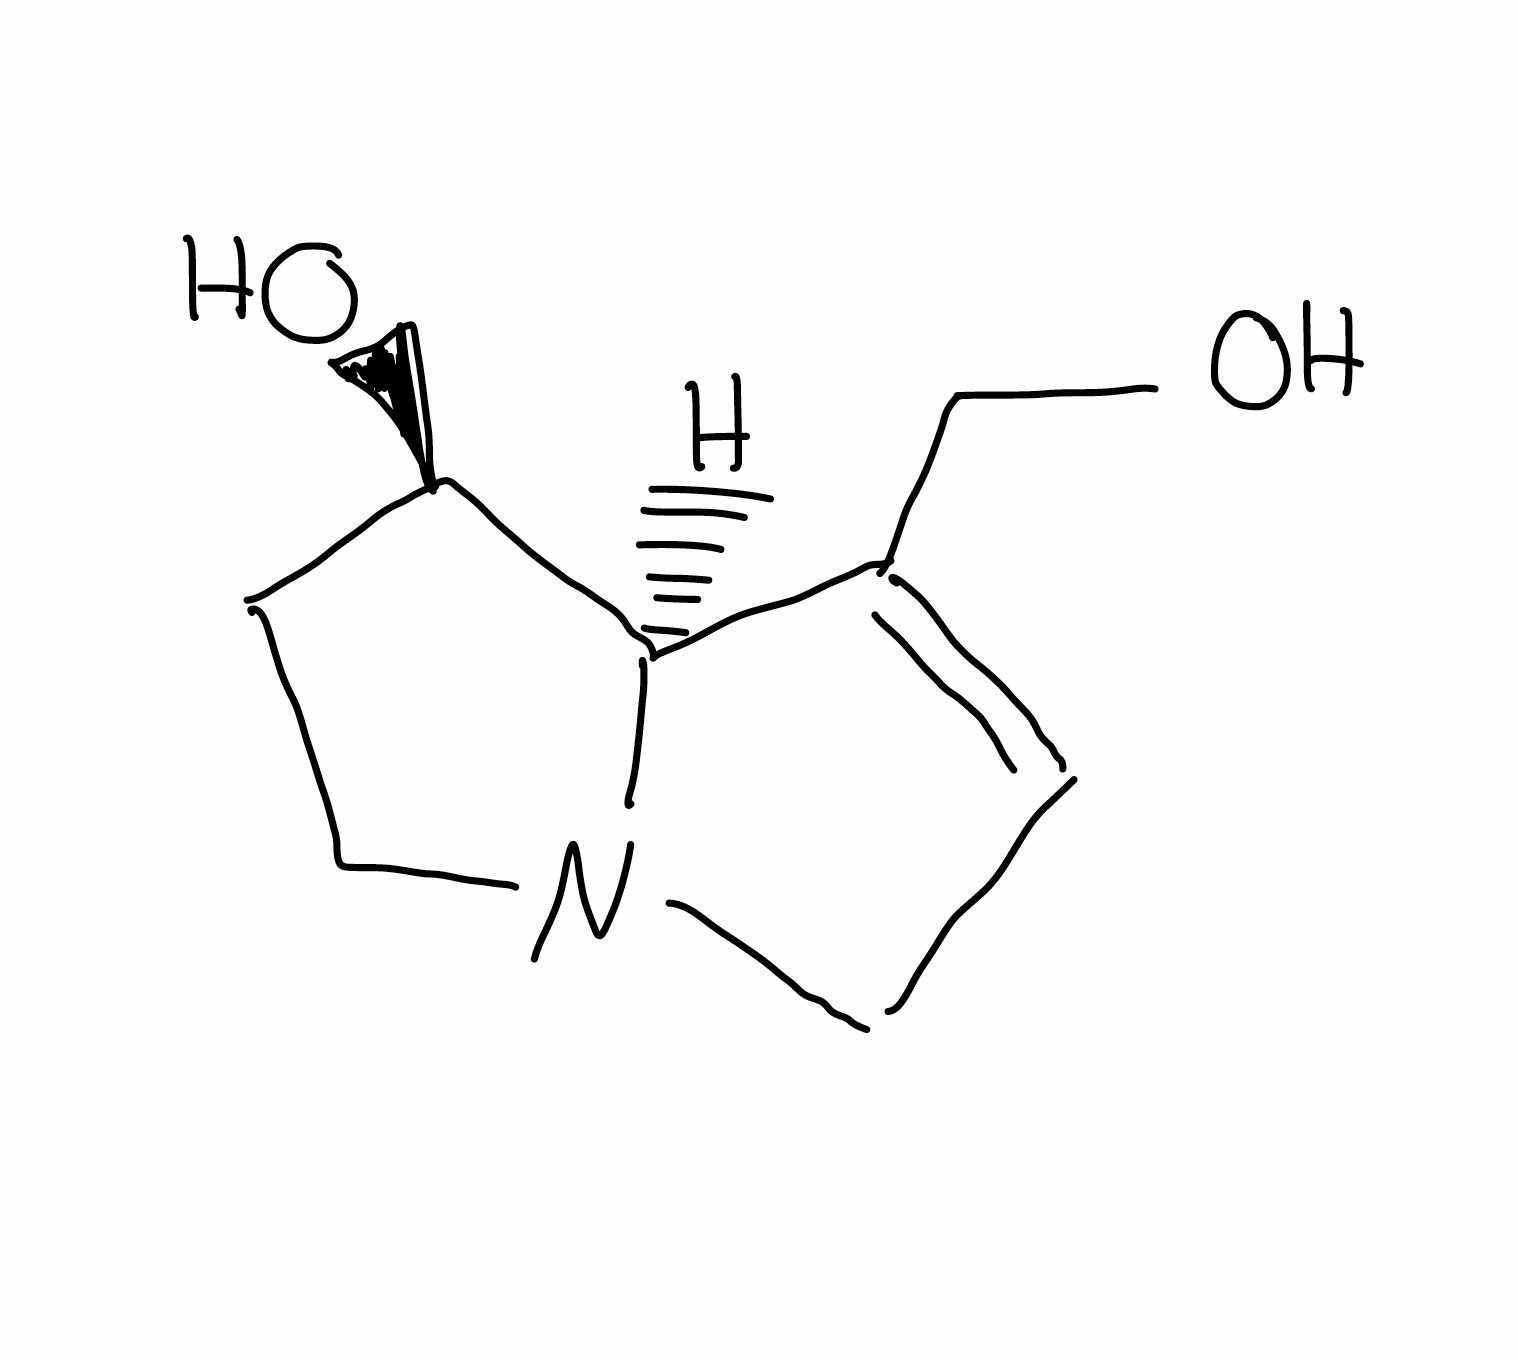
Simplified molecular-input line-entry system (SMILES) notation of the given molecule:
C1CN2CC=C([C@@H]2[C@@H]1O)CO